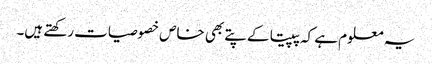
یہ معلوم ہے کہ پپیتا کے پتے بھی خاص خصوصیات رکھتے ہیں۔